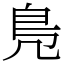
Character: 鳬